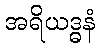
အရိယဒ္ဓနံ